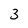
Character: 3